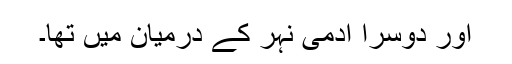
اور دوسرا آدمی نہر کے درمیان میں تھا۔